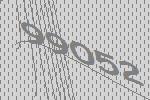
99052